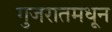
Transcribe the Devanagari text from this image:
गुजरातमधून